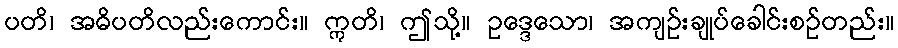
ပတိ၊ အဓိပတိလည်းကောင်း။ ဣတိ၊ ဤသို့။ ဥဒ္ဒေသော၊ အကျဉ်းချုပ်ခေါင်းစဉ်တည်း။